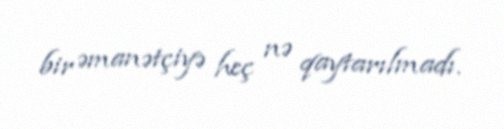
bir əmanətçiyə heç nə qaytarılmadı.